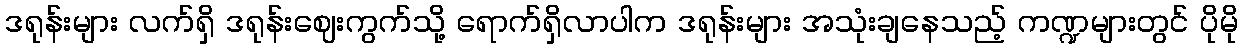
ဒရုန်းများ လက်ရှိ ဒရုန်းဈေးကွက်သို့ ရောက်ရှိလာပါက ဒရုန်းများ အသုံးချနေသည့် ကဏ္ဍများတွင် ပိုမို